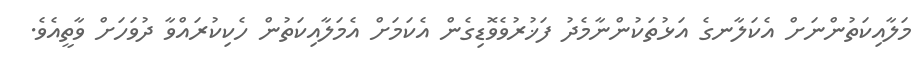
މަލާއިކަތުންނަށް އެކަލާނގެ އަޅުތަކުންނާމެދު ފަޚުރުވެވޮޑިގެން އެކަމަށް އެމަލާއިކަތުން ހެކިކުރައްވާ ދުވަހަށް ވާތީއެވެ.